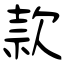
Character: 款